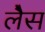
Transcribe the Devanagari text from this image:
लेैस